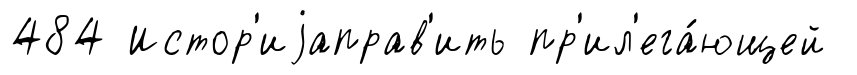
484 Истор'иjаправ'ить пр'ил'ега́ющей